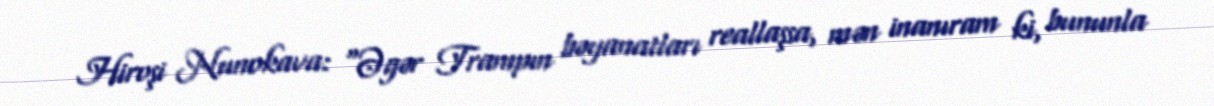
Hiroşi Nunokava: "Əgər Trampın bəyanatları reallaşsa, mən inanıram ki, bununla